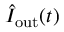
\hat { I } _ { \mathrm { o u t } } ( t )